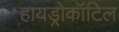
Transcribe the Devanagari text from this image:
हायड्रोकॉटिल